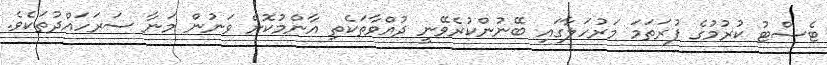
ޓެސްޓު ކުރުމުގެ ފުރަތަމަ މަރުހަލާގައި ބޭނުންކުރެވޭނީ ދުއްވާތަކެތި އާންމުކޮށް ވަނުން މަނާ ސަރަހައްދުތަކެވެ.